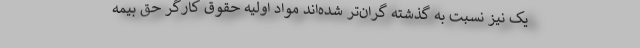
یک نیز نسبت به گذشته گران‌تر شده‌اند مواد اولیه حقوق کارگر حق بیمه